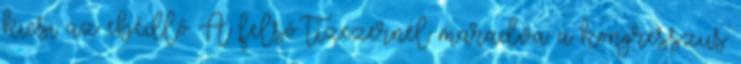
kicsi az ebédlő A felső tízezernél maradva: a kongresszus